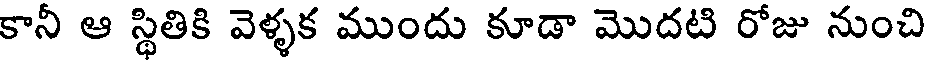
కానీ ఆ స్థితికి వెళ్ళక ముందు కూడా మొదటి రోజు నుంచి